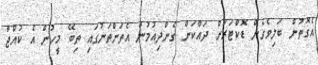
އެގޮތުން ބަލިވެގެން ޑޮކްޓަރަށް ދައްކަން ގެންދިއުމުން އެތަންތަނުގައި ތިބޭ މީހުން އެ ކުއްޖާ